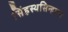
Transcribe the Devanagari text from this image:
सिंहस्थसिन्हास्त